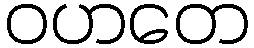
ဝဟတေ